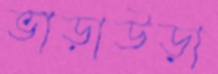
ভাড়াউড়া